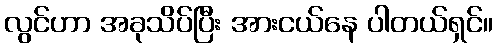
လွင်ဟာ အခုသိပ်ပြီး အားငယ်နေ ပါတယ်ရှင်။